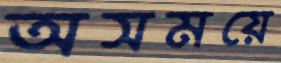
অসময়ে